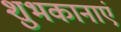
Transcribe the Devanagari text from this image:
शुभकानाएं